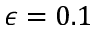
\epsilon = 0 . 1